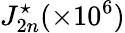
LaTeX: J_{2n}^{\star}(\times 10^{6})